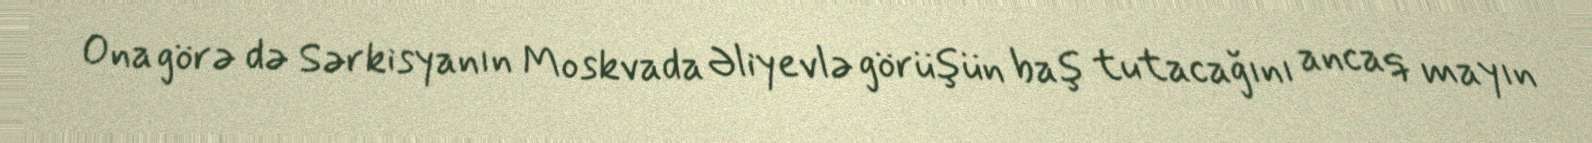
Ona görə də Sərkisyanın Moskvada Əliyevlə görüşün baş tutacağını ancaq mayın